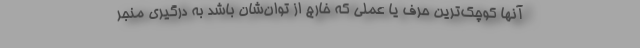
آنها كوچك‌ترين حرف يا عملي كه خارج از توان‌شان باشد به درگيري منجر